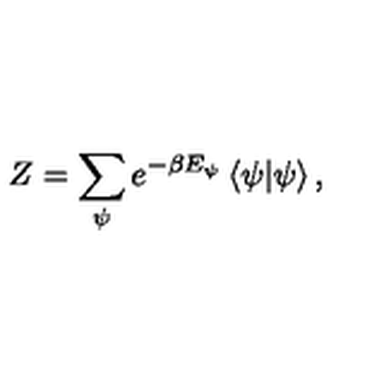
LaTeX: Z = \sum _ { \psi } e ^ { - \beta E _ { \psi } } \left\langle \psi | \psi \right\rangle ,